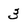
Character: 3